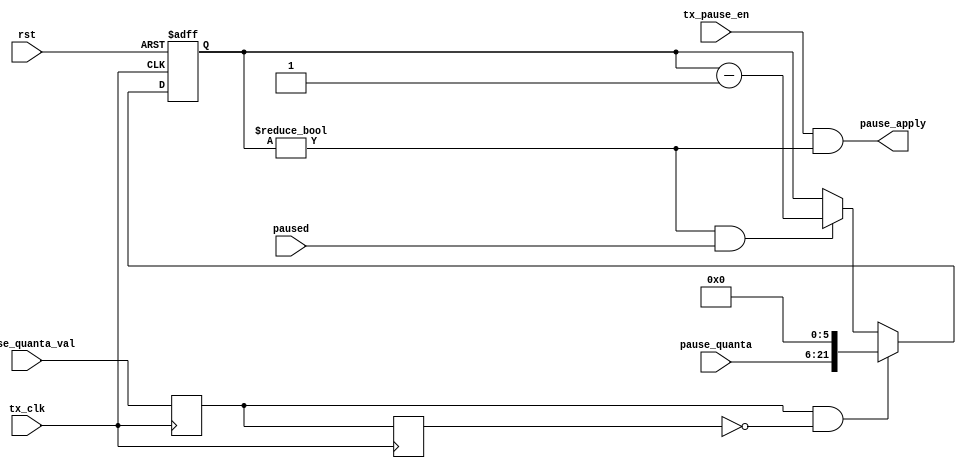
`timescale 1ns / 1ps
//////////////////////////////////////////////////////////////////////////////////
// Company: 
// Engineer: 
// 
// Design Name: 
// Module Name:    flow_control_tx 
// Project Name: 
// Target Devices: 
// Tool versions: 
// Description: 
//
// Dependencies: 
//
// Revision: 
// Revision 0.01 - File Created
// Additional Comments: 
//
//////////////////////////////////////////////////////////////////////////////////
module flow_ctrl_tx 
(input        rst,
   input        tx_clk,
   //host processor
   input        tx_pause_en,
   // From MAC_rx_ctrl
   input [15:0] pause_quanta,
   input        pause_quanta_val,
   // MAC_tx_ctrl
   output       pause_apply,
   input        paused);
     
   // ******************************************************************************        
   // Inhibit our TX from transmitting because they sent us a PAUSE frame
   // ******************************************************************************

   // Pauses are in units of 512 bit times, or 64 bytes/clock cycles, and can be
   //   as big as 16 bits, so 22 bits are needed for the counter
   
   reg [15+6:0] pause_quanta_counter;
   reg 		pqval_d1, pqval_d2;		

   always @(posedge tx_clk) pqval_d1 <= pause_quanta_val;
   always @(posedge tx_clk) pqval_d2 <= pqval_d1;

   always @ (posedge tx_clk or posedge rst)
     if (rst)
       pause_quanta_counter <= 0;
     else if (pqval_d1 & ~pqval_d2)
       pause_quanta_counter <= {pause_quanta, 6'b0}; 
     else if((pause_quanta_counter!=0) & paused)
       pause_quanta_counter <= pause_quanta_counter - 1'b1;

   assign	pause_apply = tx_pause_en & (pause_quanta_counter != 0);
   

endmodule